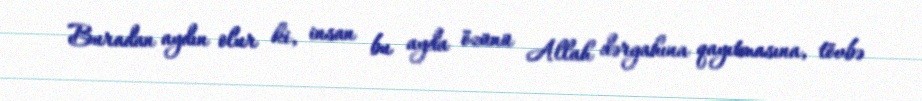
Buradan aydın olur ki, insan bu ayda özünü Allah dərgahına qayıtmasına, tövbə